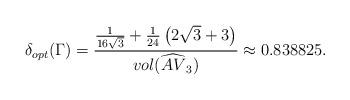
LaTeX: \begin{align*}\delta_{opt}(\Gamma) = \frac{\frac{1}{16 \sqrt{3}} + \frac{1}{24} \left(2 \sqrt{3}+3\right)}{vol(\widehat{AV}_3)} \approx 0.838825. \end{align*}